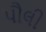
પૌલી